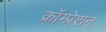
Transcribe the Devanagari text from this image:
क्रॉम्प्रेशन